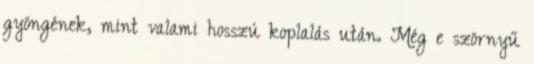
gyöngének, mint valami hosszú koplalás után. Még e szörnyű